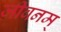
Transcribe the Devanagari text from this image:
जीवनम्‌